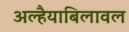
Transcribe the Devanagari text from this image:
अल्हैयाबिलावल